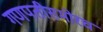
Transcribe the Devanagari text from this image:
गणपतीसमोरच